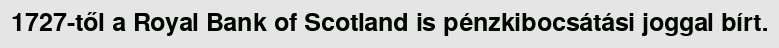
1727-től a Royal Bank of Scotland is pénzkibocsátási joggal bírt.